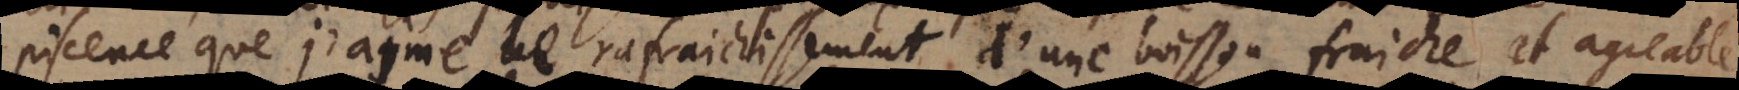
piscence que j’aime le rafraichissement d’une boisson fraiche et agreable